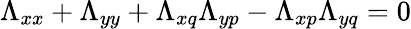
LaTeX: \Lambda_{xx}+\Lambda_{yy}+\Lambda_{xq}\Lambda_{yp}-\Lambda_{xp}\Lambda_{yq}=0